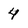
Character: 4